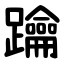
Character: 䠯